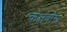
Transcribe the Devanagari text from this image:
कक्षवास